Civil Veterinary Dept. Bombay admin report 1923-31 - 1923-1931
Year: 1923
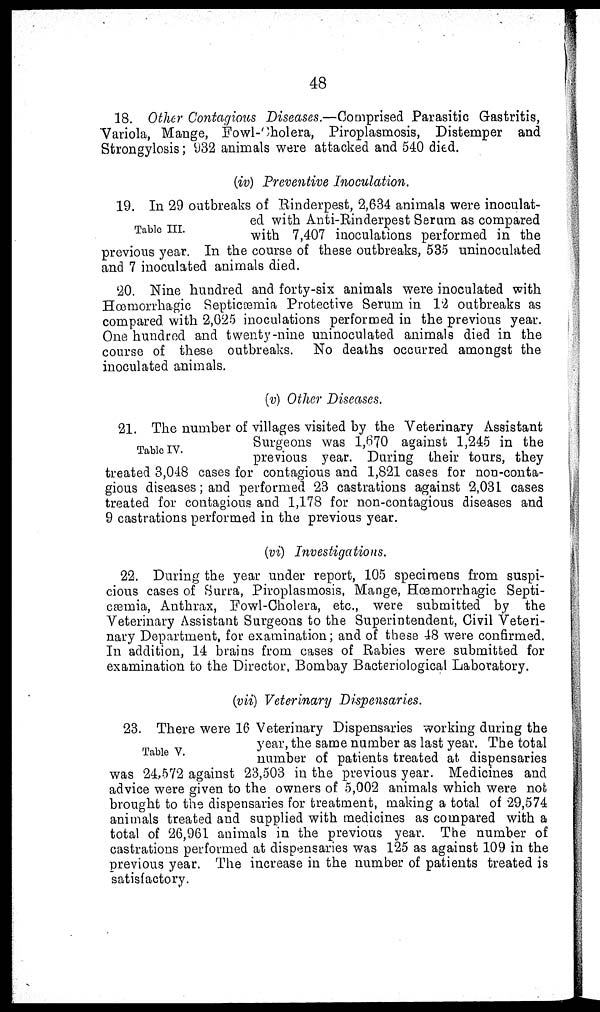
48
18. Other Contagious Diseases.—Comprised Parasitic Gastritis,
Variola, Mange, Fowl-Cholera, Piroplasmosis, Distemper and
Strongylosis; 932 animals were attacked and 540 died.
(iv) Preventive Inoculation.
Table III.
19. In 29 outbreaks of Rinderpest, 2,634 animals were inoculat-
ed with Anti-Rinderpest Serum as compared
with 7,407 inoculations performed in the
previous year. In the course of these outbreaks, 535 uninoculated
and 7 inoculated animals died.
20. Nine hundred and forty-six animals were inoculated with
Hæmorrhagic Septicæmia Protective Serum in 12 outbreaks as
compared with 2,025 inoculations performed in the previous year.
One hundred and twenty-nine uninoculated animals died in the
course of these outbreaks. No deaths occurred amongst the
inoculated animals.
(v) Other Diseases.
Table IV.
21. The number of villages visited by the Veterinary Assistant
Surgeons was 1,670 against 1,245 in the
previous year. During their tours, they
treated 3,048 cases for contagious and 1,821 cases for non-conta-
gious diseases; and performed 23 castrations against 2,031 cases
treated for contagious and 1,178 for non-contagious diseases and
9 castrations performed in the previous year.
(vi) Investigations.
22. During the year under report, 105 specimens from suspi-
cious cases of Surra, Piroplasmosis, Mange, Hæmorrhagic Septi-
cæmia, Anthrax, Fowl-Cholera, etc., were submitted by the
Veterinary Assistant Surgeons to the Superintendent, Civil Veteri-
nary Department, for examination; and of these 48 were confirmed.
In addition, 14 brains from cases of Rabies were submitted for
examination to the Director, Bombay Bacteriological Laboratory.
(vii) Veterinary Dispensaries.
Table V.
23. There were 16 Veterinary Dispensaries working during the
year, the same number as last year. The total
number of patients treated at dispensaries
was 24,572 against 23,503 in the previous year. Medicines and
advice were given to the owners of 5,002 animals which were not
brought to the dispensaries for treatment, making a total of 29,574
animals treated and supplied with medicines as compared with a
total of 26,961 animals in the previous year. The number of
castrations performed at dispensaries was 125 as against 109 in the
previous year. The increase in the number of patients treated is
satisfactory.